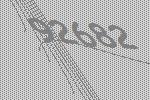
92682